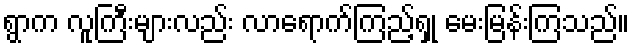
ရွာက လူကြီးများလည်း လာရောက်ကြည့်ရှု မေးမြန်းကြသည်။